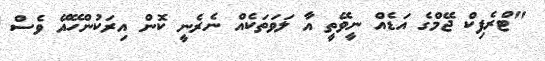
"ޓްރެފިކް ޖޭމްގެ އަޑެއް ނީވޭތީ އާ ލަވަތަކެއް ނެރެނީ ކޮން އިރަކުންހޭއޭ ވެސް